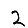
Digit: 2